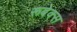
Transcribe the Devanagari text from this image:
रूबेक्स